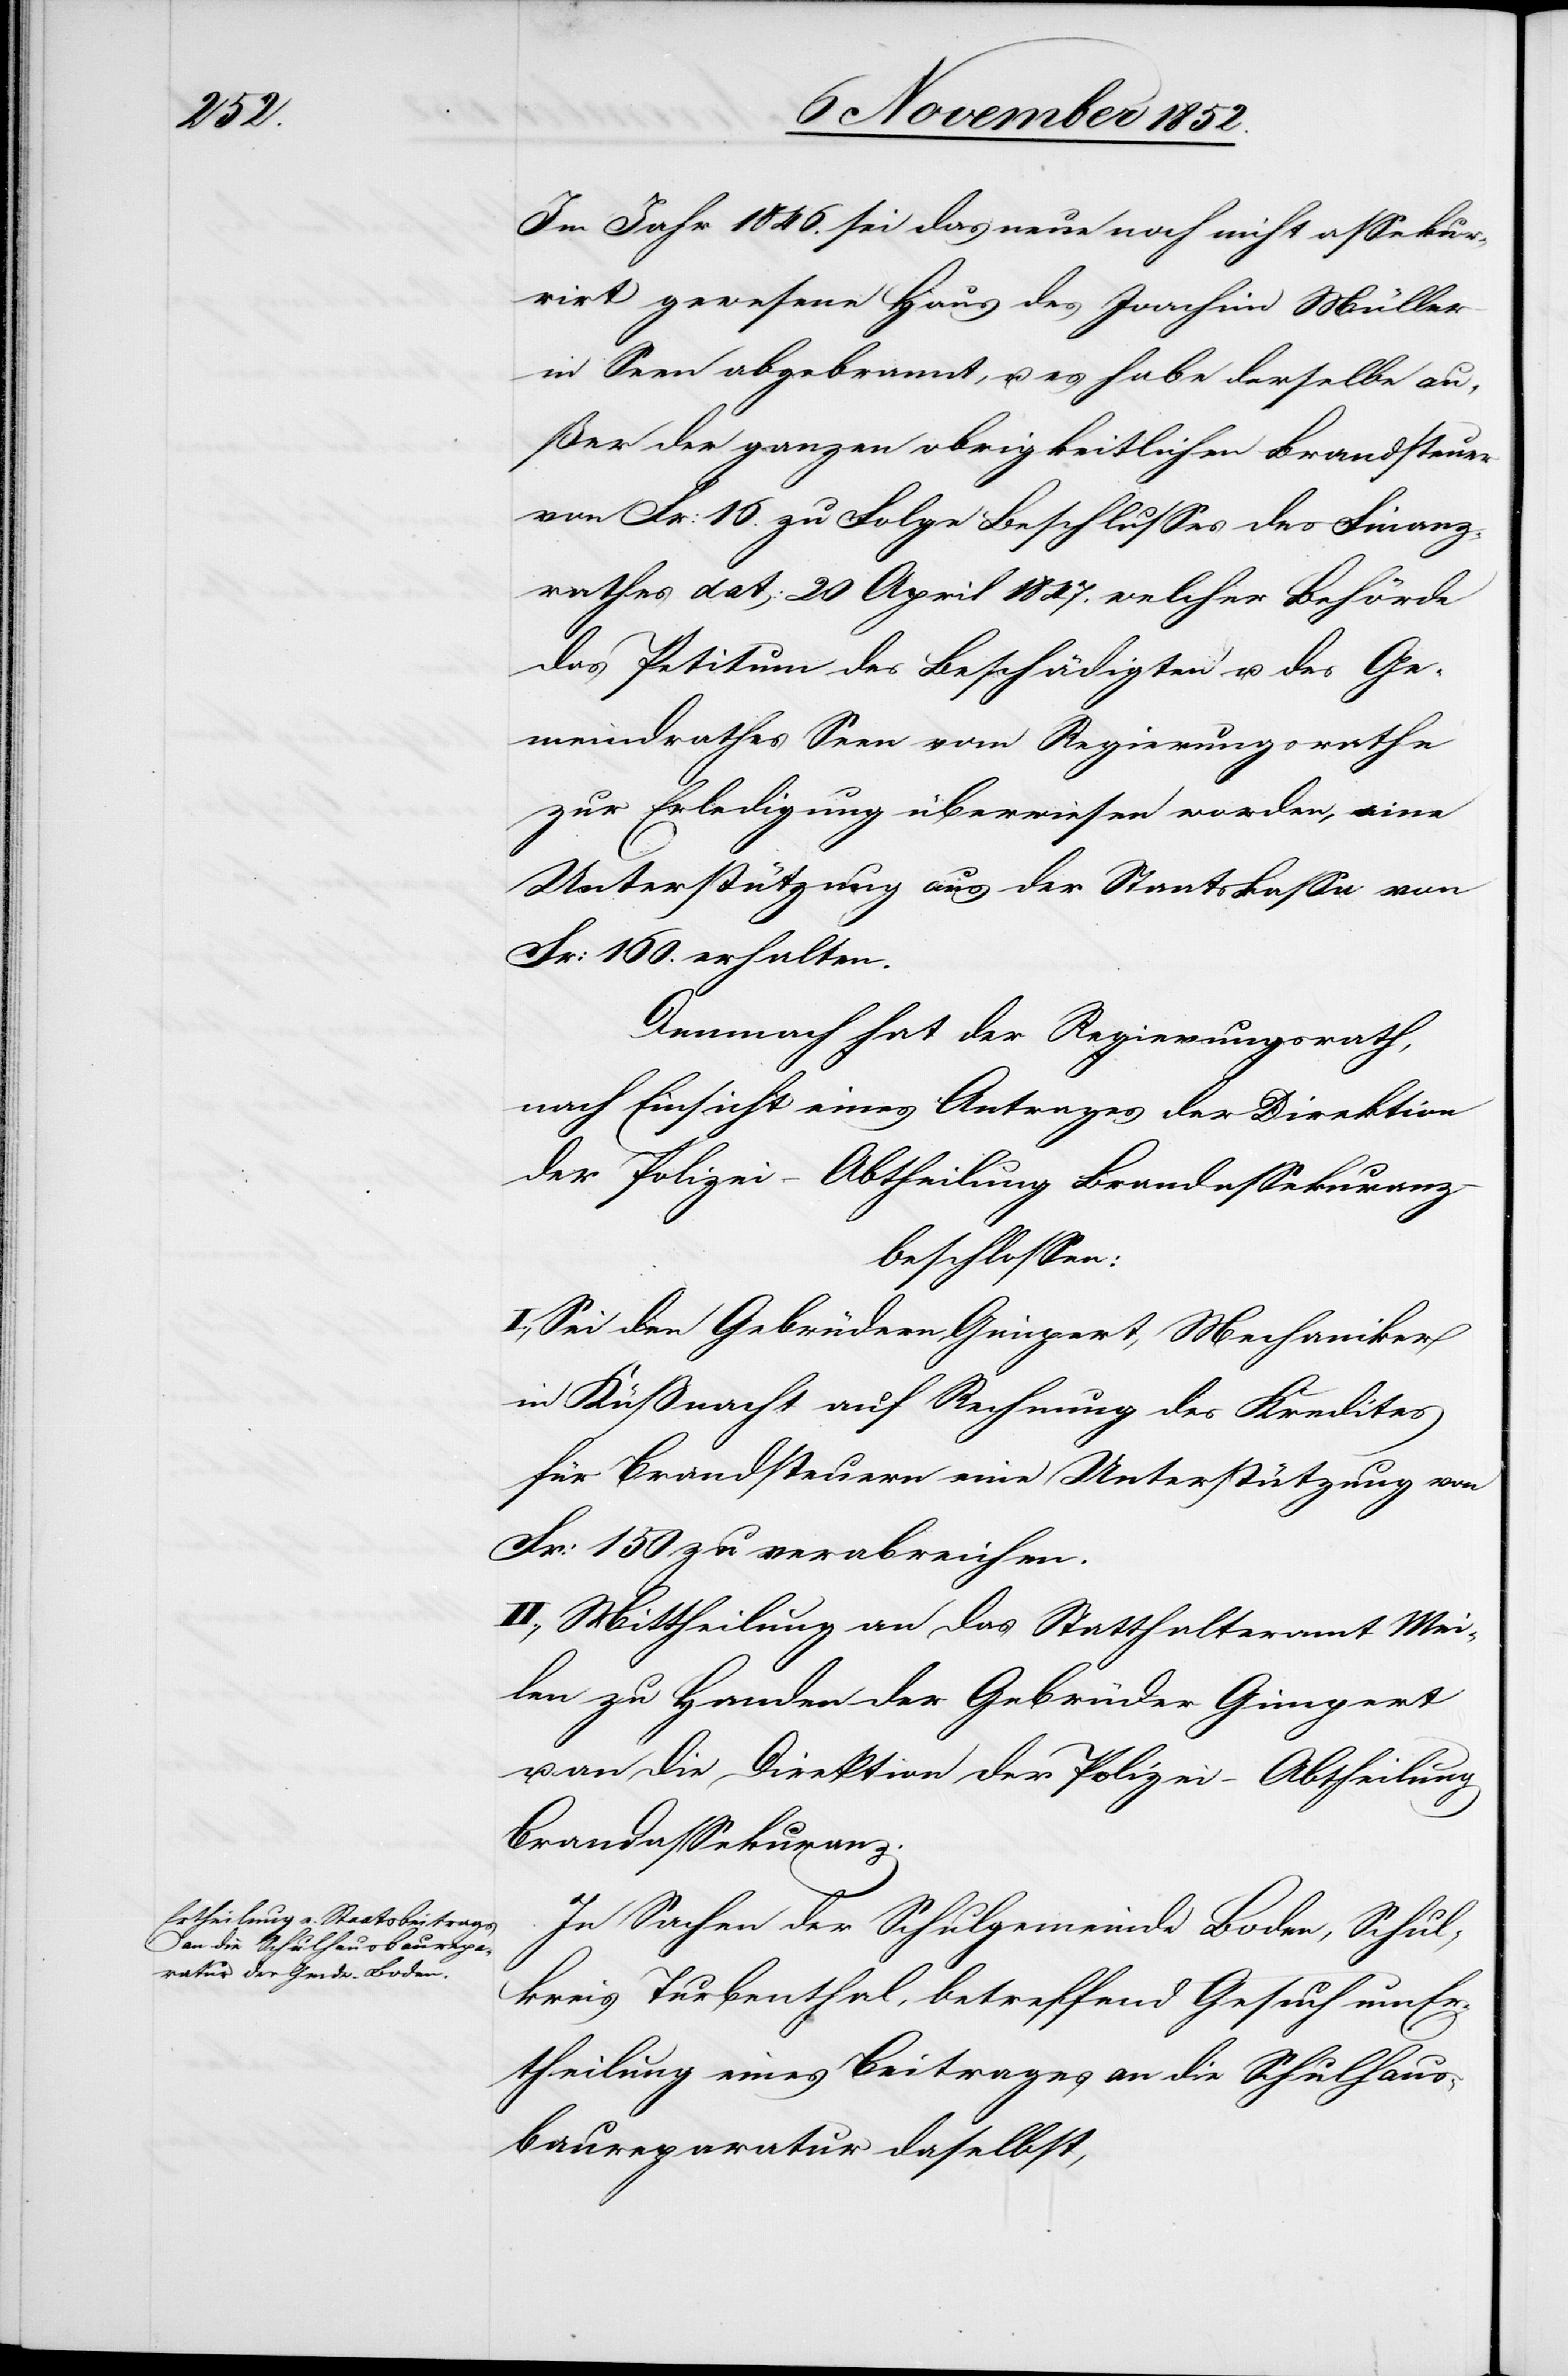
Im Jahr 1846. sei das neue noch nicht assekur¬
rirt gewesene Haus des Joachim Müller
in Seen abgebrannt, u. es habe derselbe au¬
ßer der ganzen obrigkeitlichen Brandsteuer
von Fr: 16. zu Folge Beschlusses des Finanz¬
rathes dat: 20 April 1847. welcher Behörde
das Petitum des Beschädigten u. des Ge¬
meindrathes Seen vom Regierungsrathe
zur Erledigung überwiesen worden, eine
Unterstützung aus der Staatskassa von
Fr: 160. erhalten.
Demnach hat der Regierungsrath,
nach Einsicht eines Antrages der Direktion
der Polizei – Abtheilung Brandassekuranz
beschlossen:
I., Sei den Gebrüdern Gimpert, Mechaniker
in Küßnacht auf Rechnung des Kredites
für Brandsteuern eine Unterstützung von
Fr: 150 zu verabreichen.
II., Mittheilung an das Statthalteramt Mei¬
len zu Handen der Gebrüder Gimpert
u. an die Direktion der Polizei – Abtheilung
Brandassekuranz.
In Sachen der Schulgemeinde Boden, Schul¬
kreis Turbenthal, betreffend Gesuch um Er¬
theilung eines Beitrages an die Schulhaus¬
baureparatur daselbst,